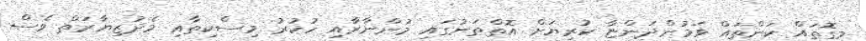
މިގޮތައް ކަންތައް ވަމުންދަންޏާ ކުރިޔަށް އޮތްތަނުގައި މުންނާރާއި ހުކުރު މިސްކިތާއި މެދުޒިޔާރަތް ވެސް